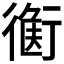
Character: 𧗻